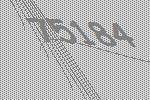
75184